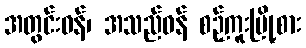
အတွင်းဝန်၊ အသည်ဝန် စဉ့်ကူးမြို့စား